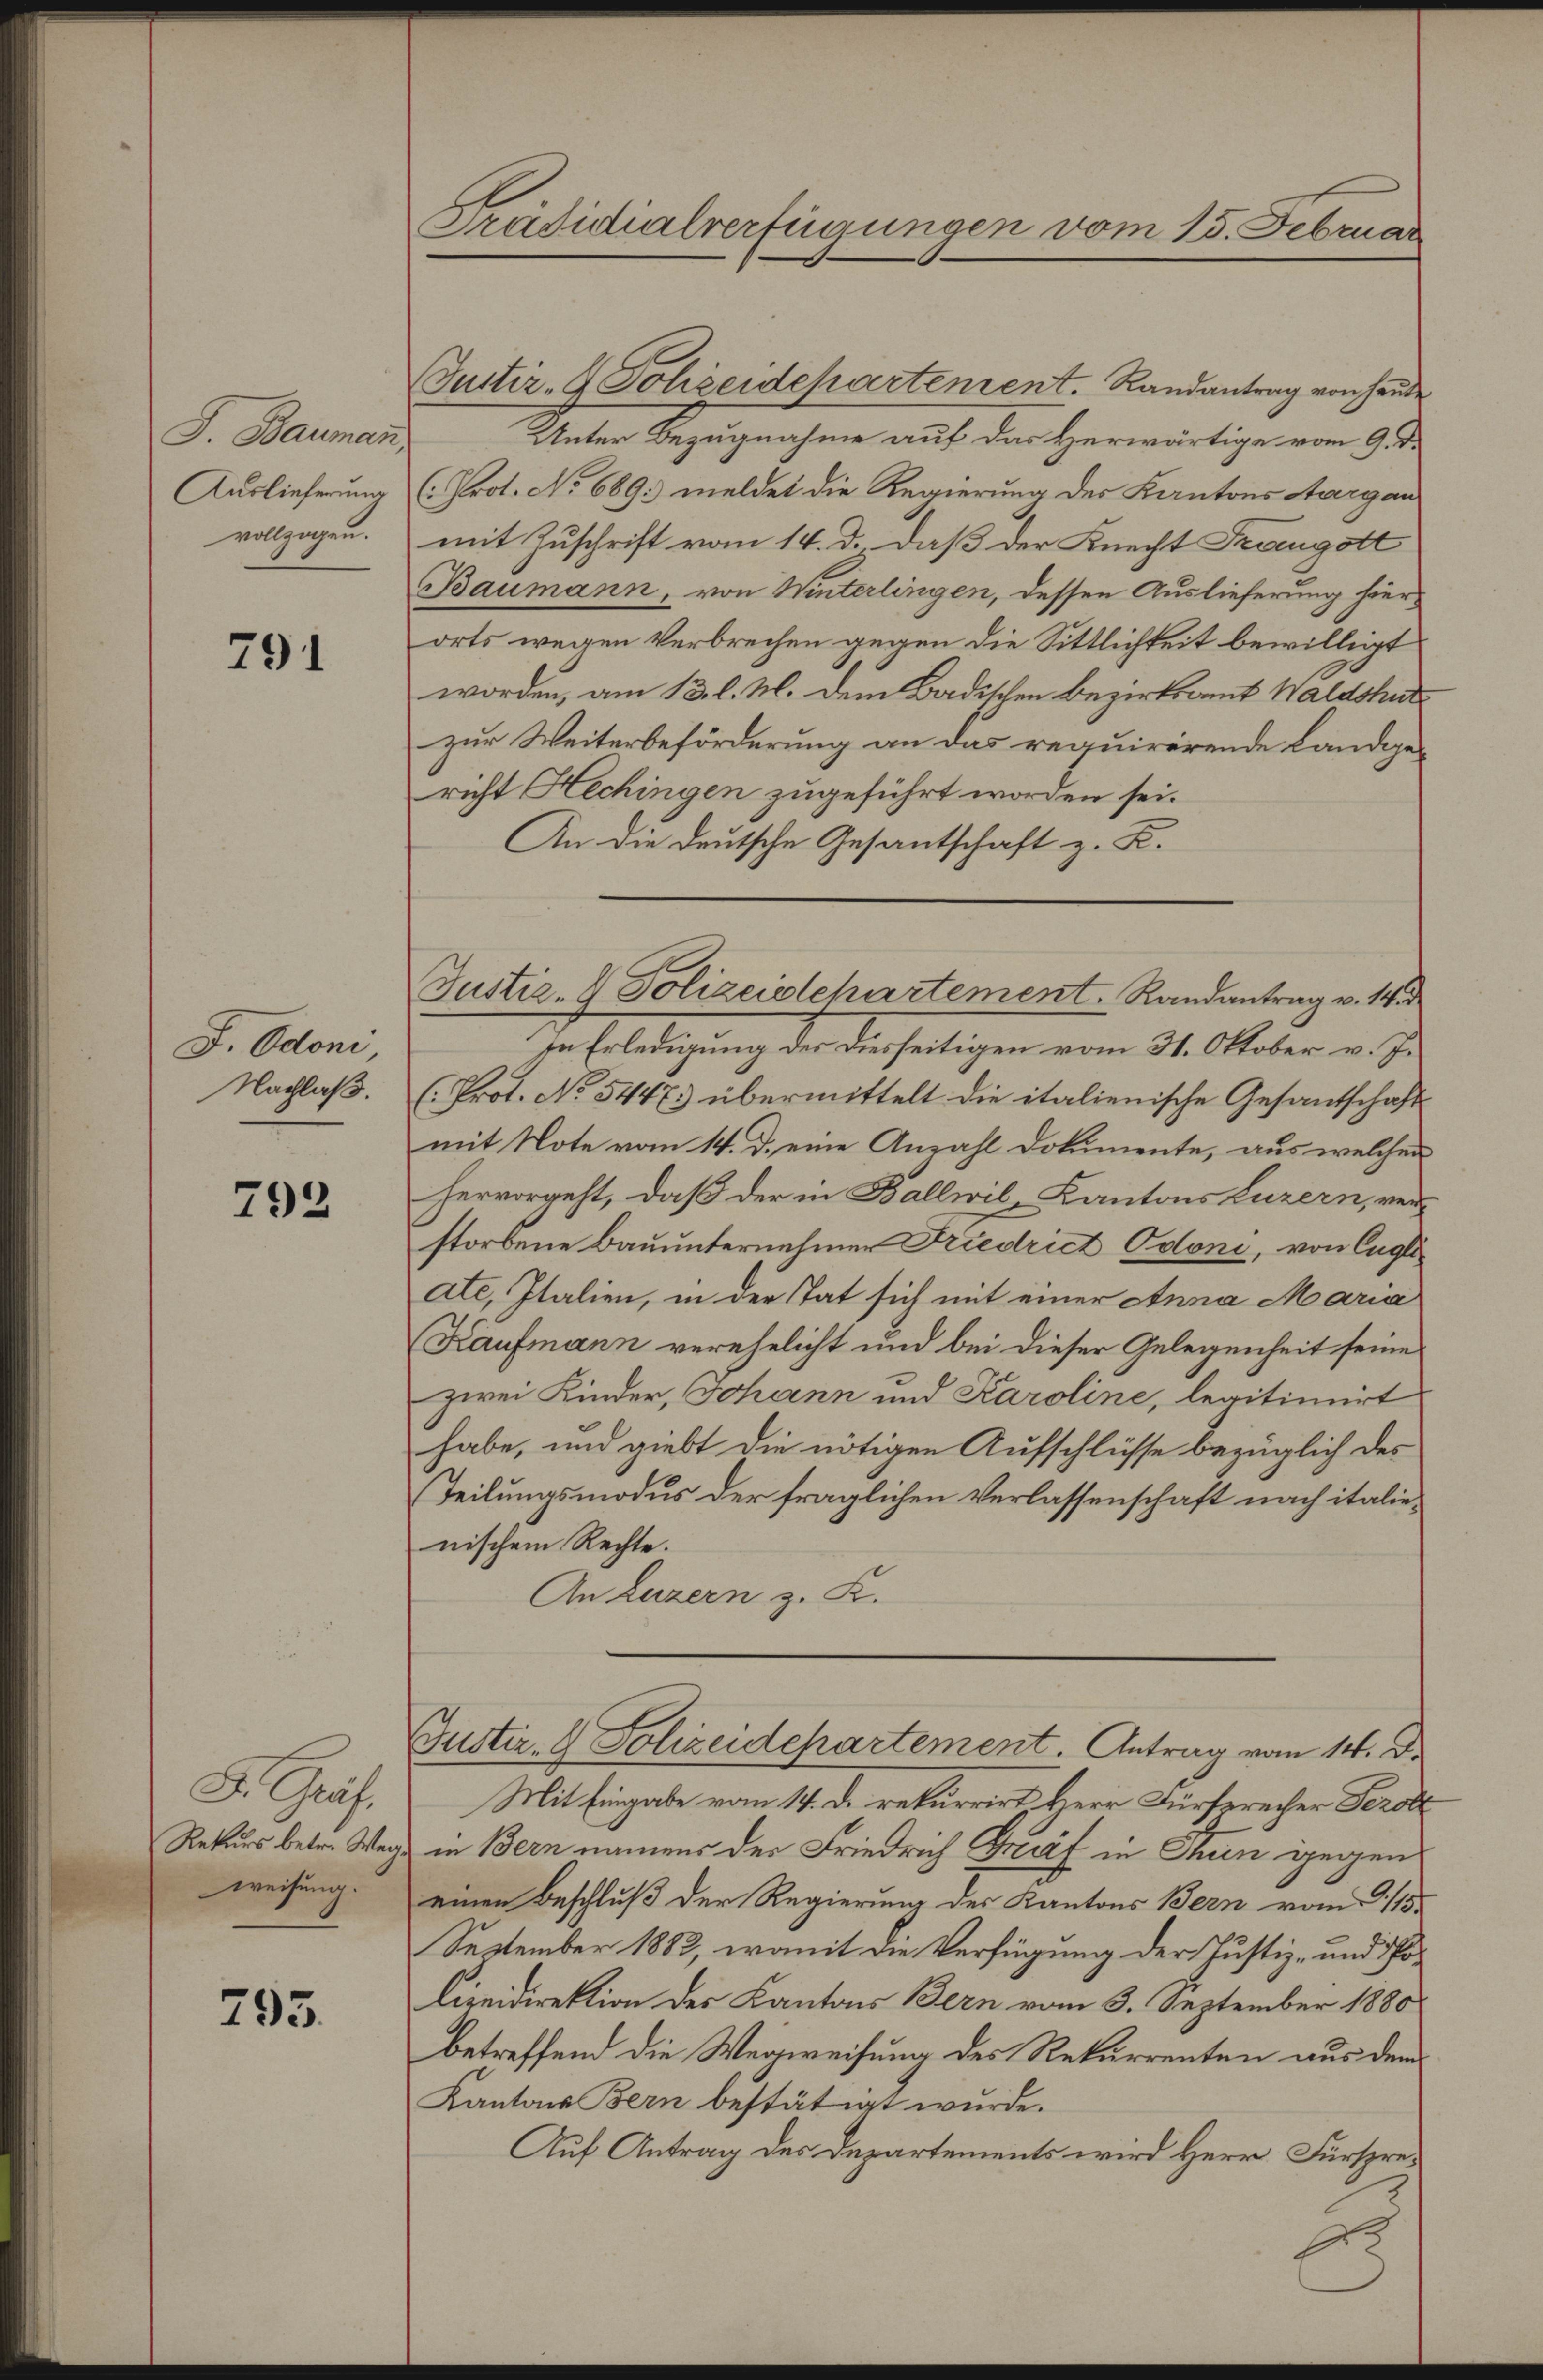
J. Baumann,
Auslieferung
vollzogen.

791

F. Odon
Nachlaß.

792

Dr. Graf
Rekurs betr. Weg
weisung.

795.

Präsidialverfügungen vom 15. Februar

Justiz- & Schreidchartenrent. Randantrag von Hande
Unter Bezugnahme auf das Herwärtige vom 9. d.
(Prot. No 689. meldet die Regierung des Kantons Aargau
mit Zuschrift vom 14. d. daß der Knecht Frangott
Baumann, von Winterlingen, dessen Auslieferung hierorts wegen Verbrechen gegen die Sittlichkeit bewilligt
worden, am 13. l. M. dem Badischen Bezirksamt Waldshut
zur Weiterbeförderung an das requirirende Landgericht Hechingen zugeführt worden sei.
An die Deutsche Gesantschaft z. K.
In Erledigung des diesseitigen vom 31. Oktober v. J.
(Prot. No 5447. übermittelt die italienische Gesantschaft
mit Note vom 14. d. eine Anzahl Dokumente, aus welchen
hervorgeht, daß der in Ballwil-Kantons Luzern, verstorbene Bauunternehmer Friedrict Odoni, von Engli-
ate, Italien, in der Tat sich mit einer Anna Maria
Kaufmann verehelicht und bei dieser Gelegenheit seine
zwei Kinder, Johann und Karoline, legitimirt
habe, und giebt die nötigen Aufschlüsse bezüglich des
Teilungsmodus der fraglichen Verlassenschaft nach italienischem Rechte.
An Luzern z. K.
Justiz- & Polizeidepartement. Antrag vom 14. d.
Mit Eingabe vom 14. D. rekurrirt Herr Fürsprecher Fezolt
u in Bern namens der Friedrich Graf in Thun gegen
einen Beschluß der Regierung des Kantons Bern vom 15.
September 1882, womit die Verfügung der Justiz- und Po¬
Cizeidirektion des Kantons Bern vom 3. September 1880
betreffend die Wegweisung des Rekurrenten aus dem
Kantons Bern bestätigt wurde.
Auf Antrag des Departements wird Herr Fürspre¬
E

Justiz- & Polizeistchartement. Randantrag v. 14 d